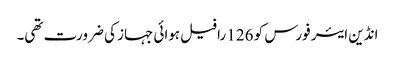
انڈین ایئر فورس کو 126 رافیل ہوائی جہاز کی ضرورت تھی۔